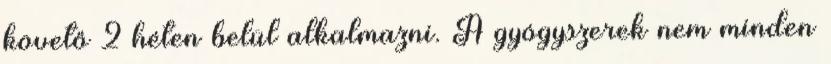
követő 2 héten belül alkalmazni. A gyógyszerek nem minden